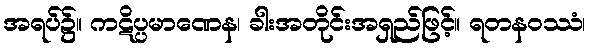
အရပ်၌။ ကဋိပ္ပမာဏေန၊ ခါးအတိုင်းအရှည်ဖြင့်။ ရတနဝဿံ၊